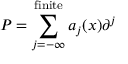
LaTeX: P = \sum _ { j = - \infty } ^ { \mathrm { f i n i t e } } a _ { j } ( x ) \partial ^ { j }